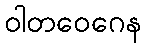
ဝါတဝေဂေန